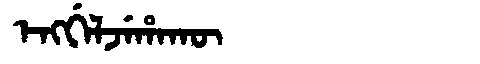
Manchu: ᡝᠩᡤᡝᠯᠵᡝᡥᠠᡴᡡ
Romanization: ENGGELJEHAKŪ